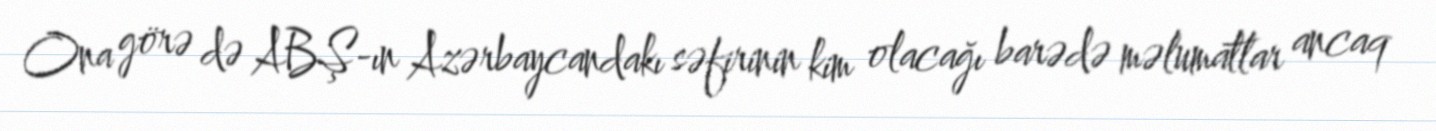
Ona görə də ABŞ-ın Azərbaycandakı səfirinin kim olacağı barədə məlumatlar ancaq